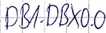
Text: DB1.DBX0.0